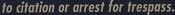
to citation or arrest for trespass.